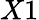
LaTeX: X1